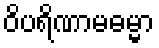
ဝိပရိဏာမဓမ္မာ